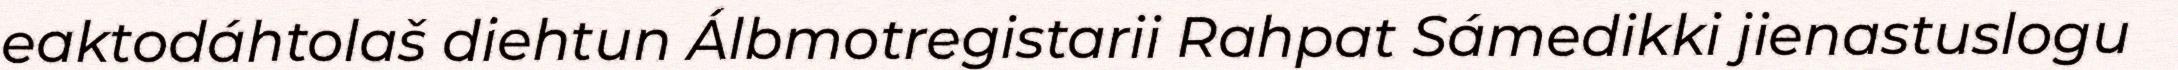
eaktodáhtolaš diehtun Álbmotregistarii Rahpat Sámedikki jienastuslogu